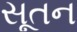
સૂતન